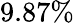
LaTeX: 9.87\%